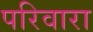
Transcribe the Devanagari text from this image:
परिवारा